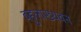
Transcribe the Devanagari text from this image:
बहुलाख्यवन